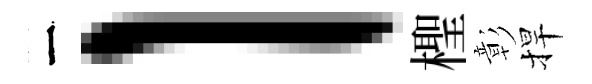
一l檉彰捍